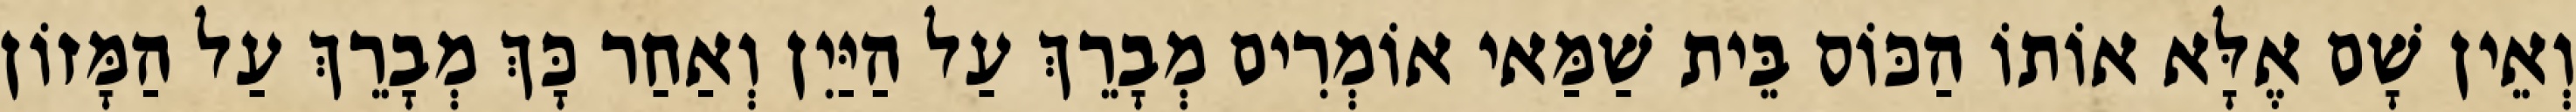
וְאֵין שָׁם אֶלָּא אוֹתוֹ הַכּוֹס בֵּית שַׁמַּאי אוֹמְרִים מְבָרֵךְ עַל הַיַּיִן וְאַחַר כָּךְ מְבָרֵךְ עַל הַמָּזוֹן